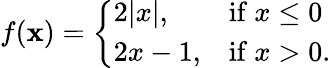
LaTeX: f(\mathbf{x})={\left\{ \begin{array}{ll}{2|x|,}&{{\mathrm{if~}}x\leq 0}\\ {2x-1,}&{{\mathrm{if~}}x>0.}\end{array}\right.}